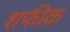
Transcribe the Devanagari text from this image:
शफीक़